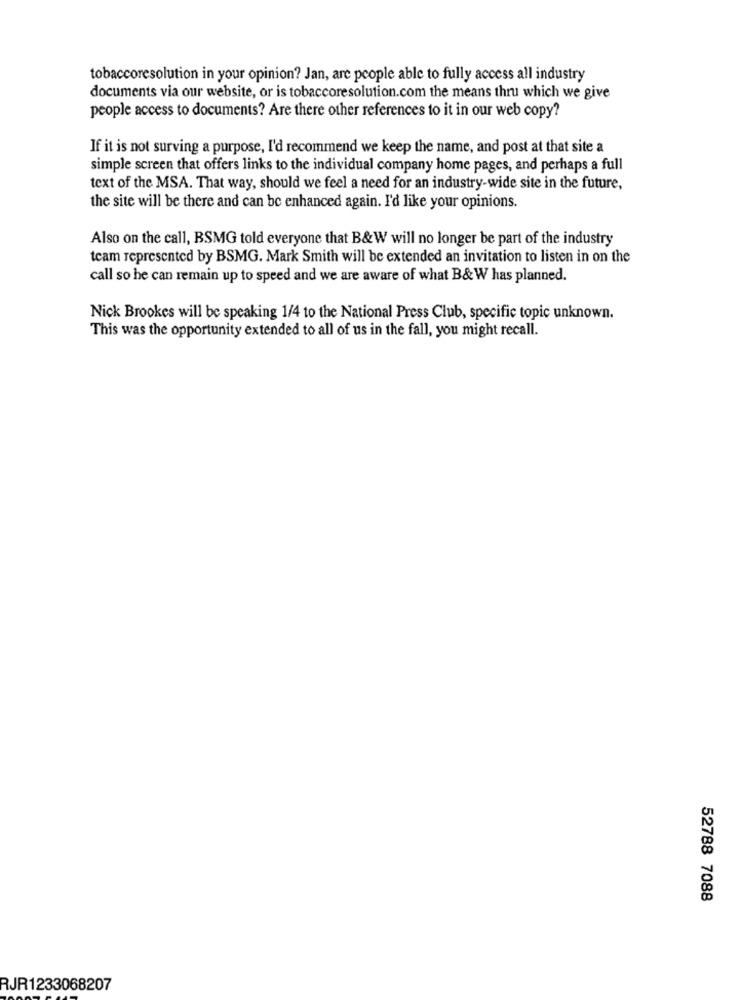
tobaccoresolution in your opinion? Jan, are people able to fully access all industry
documents via our website, or is tobaccoresolution.com the means thru which we give
people access to documents? Are there other references to it in our web copy?
If it is not surving a purpose, I'd recommend we keep the name, and post at that site a
simple screen that offers links to the individual company home pages, and perhaps a full
text of the MSA. That way, should we feel a need for an industry-wide site in the future,
the site will be there and can be enhanced again. I'd like your opinions.
Also on the call, BSMG told everyone that B&W will no longer be part of the industry
team represented by BSMG. Mark Smith will be extended an invitation to listen in on the
call so he can remain up to speed and we are aware of what B& W has planned.
Nick Brookes will be speaking 1/4 to the National Press Club, specific topic unknown.
This was the opportunity extended to all of us in the fall, you might recall.
52788 7088
RJR1233068207